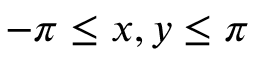
- \pi \leq x , y \leq \pi